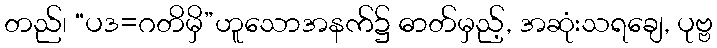
တည်၊ “ပဒ=ဂတိမှိ”ဟူသောအနက်၌ ဓာတ်မှည့်, အဆုံးသရချေ, ပုဗ္ဗ